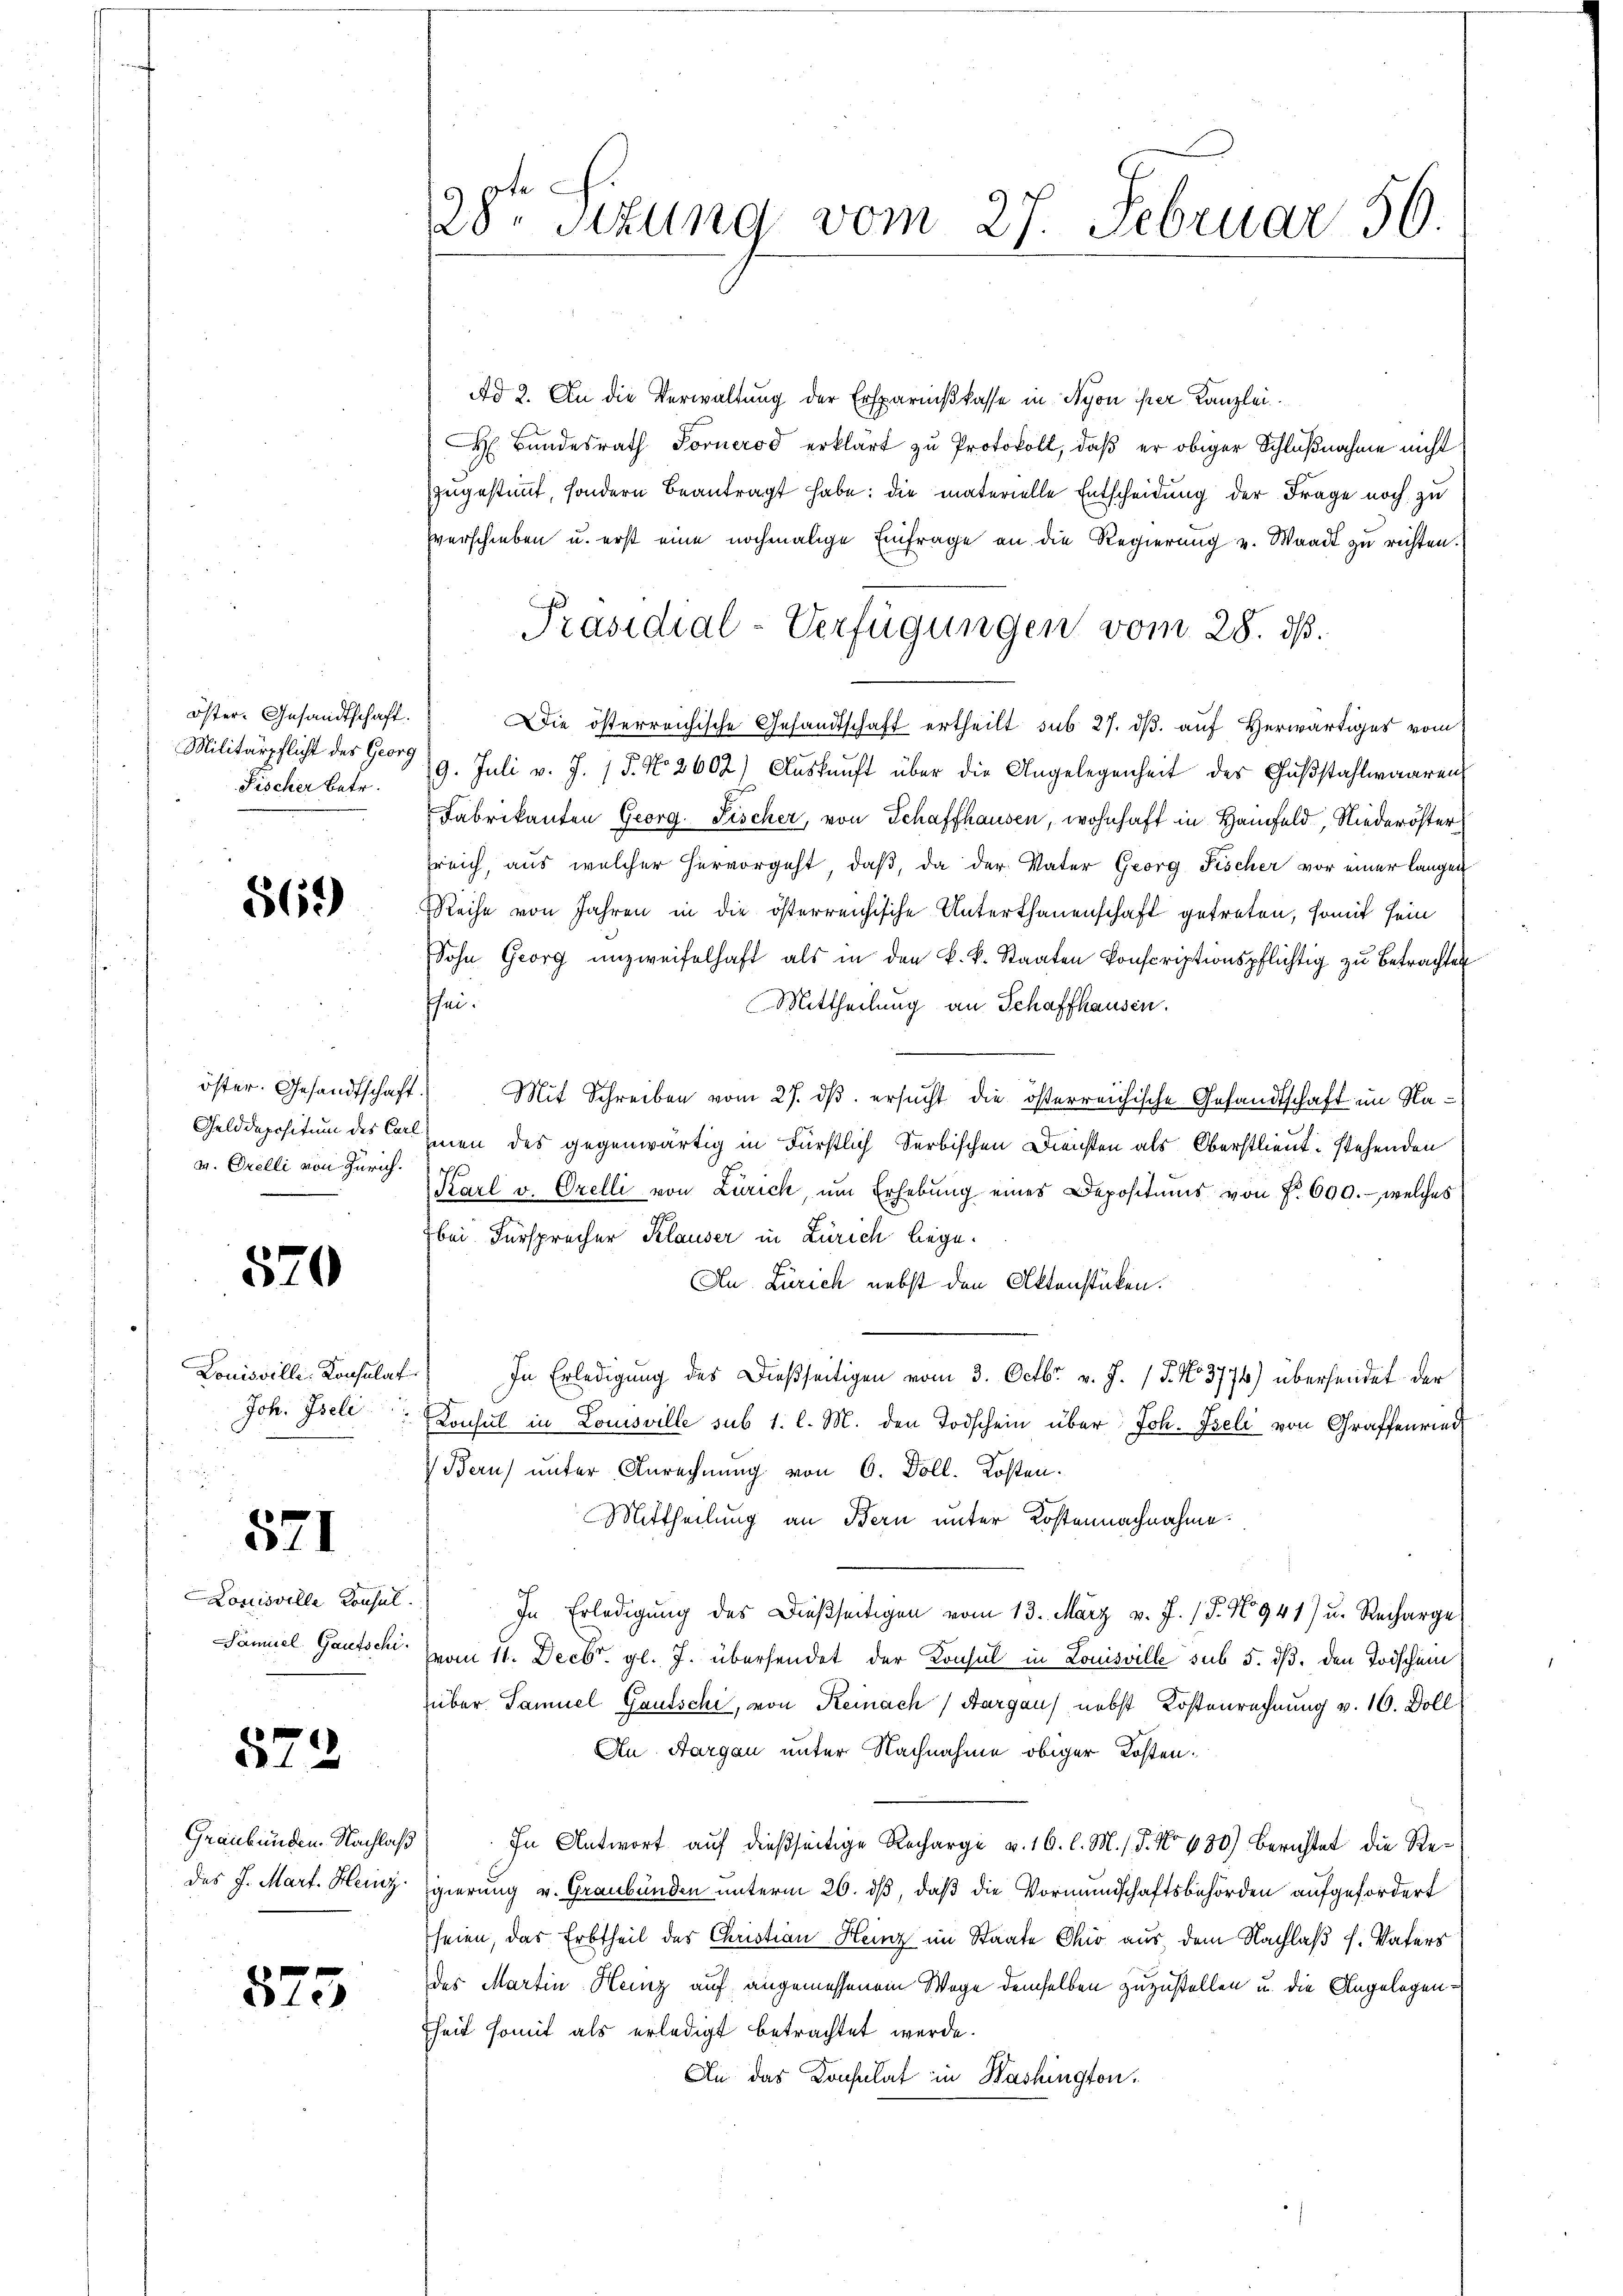
öster- Gesandtschaft.
Militärpflicht des Georg
Fischer betr.

869

v. Orelli von Zürich.

570

Louisville. Konsulat
Joh. Iseli

571

Louisville Konsul
Samuel Gautschi.

573

des J. Mart. Heuz.

873

28te Sitzung vom 27. Februar 56.

Ad 2. An die Verwaltung der Ersparnißkasse in Nyon ihrer Kanzlei
H Bŭndesrath Fornerod erklärt zu Protokoll, daß er obiger Schlußnahme nicht
zugestimmt, sondern beantragt habe: die materielle Entscheidung der Frage noch zu
Everschieben u. erst eine nochmalige Einfrage an die Regierung u. Waadt zu richten.
Die österreichische Gesandtschaft ertheilt sub 27. dβ. auf Herwärtiges vom
9. Juli v. J. 15. No 2602) Aŭskŭnft über die Angelegenheit des Gaβstahlwaaren
Fabrikanten Georg Fischer, von Schaffhausen, wohnhaft in Hanfeld, Niederöster
sreich, aus welcher hervorgeht, daß, da der Vater Georg Fischer vor einer langen
Reihe von Jahren in die österreichische Unterthanenschaft getreten, somit sein
Sohn Georg unzweifelhaft als in den k. k. Staaten konscriptionspflichtig zu Betrachten
sei.
Mittheilung an Schaffhausen.
öster. Gesandtschaft. Mit Schreiben vom 27. dβ ersucht die österreichische Gesandtschaft im Na¬
Gelddepositum des hien des gegenwärtig in Fürstlich Serbischen Diensten als Oberstlieut. stehenden
Karl v. Orelli von Zürich, um Erhebŭng eines Depositums von f. 600.- welches
bei Fürsprecher Klauser in Zürich liege.
Au Zürich nebst den Aktenstücken.
In Erledigung des Dießseitigen vom 3. Octbr. v. J. / 5. No 3774) übersendet der
Konsul in Lomsville sub 1. l. M. den Todschein über Joh. Iseli von Graffenried
Beruf unter Anrechnung von 6. Foll. Kosten.
Mittheilung an Bern unter Kostennachnahme.
In Erledigung des Dießseitigen vom 13. März v. J. (T. N. 941 u. Recharge
vom 11. Decbr. gl. J. übersendet der Konsul in Louisville sub 5. dß. den Todschein
über Samuel Gautschi, von Reinach Aargau) nebst Kostenrechnung v. 16. Doll
An Aargau unter Nachnahme obiger Kosten.
Graubünden Nachlaβ. In Antwort auf dießseitige Recharge v. 16. l. M. / 5. No 630) Berichtet die Regierung v. Graubünden unterm 26. ds, daß die Vormundschaftsbehörden aufgefordert
seien, das Erbtheil des Christian Heinz im Staate Chio aus, dem Nachlaß s. Vaters
des Martin Heinz auf angemessenem Wege demselben zuzustellen u. die Angelegenfheit somit als erledigt betrachtet werde.
An das Konsulat in Washington,

Präsidial-Verfügungen vom 28. ds.